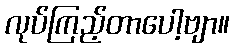
လုပ်ကြည့်တာပေါ့ဗျာ။